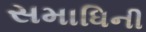
સમાધિની